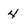
Character: 4